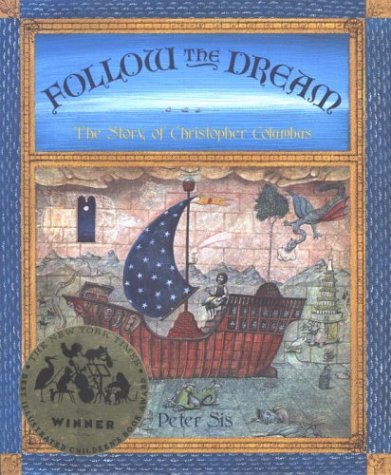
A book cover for Follow the Dream: The Story of Christopher Columbus; Peter Sis; Children's Books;